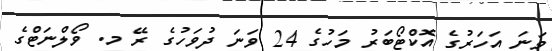
ވަނަ އަހަރުގެ އޮކްޓޯބަރު މަހުގެ 24 ވަނަ ދުވަހުގެ ރޭ މ. ވޯލްނަޓްގެ